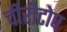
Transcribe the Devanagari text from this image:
चीरीटोप